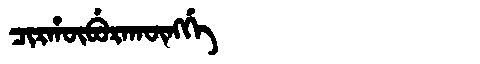
Manchu: ᠴᡳᡵᡥᡡᠪᡠᡵᠠᡴᡡᠩᡤᡝ
Romanization: CIRHŪBURAKŪNGGE